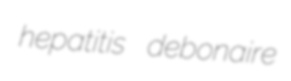
hepatitis debonaire